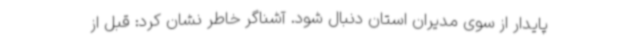
پایدار از سوی مدیران استان دنبال شود. آشناگر خاطر نشان کرد: قبل از